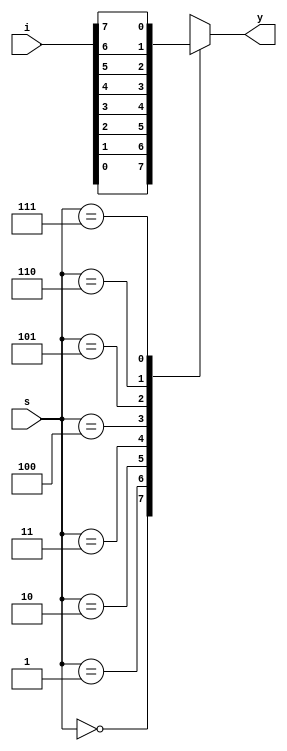
`timescale 1ns / 1ps
//////////////////////////////////////////////////////////////////////////////////
// Company: 
// Engineer: 
// 
// Design Name: 
// Module Name:    mux8x1_bh 
// Project Name: 
// Target Devices: 
// Tool versions: 
// Description: 
//
// Dependencies: 
//
// Revision: 
// Revision 0.01 - File Created
// Additional Comments: 
//
//////////////////////////////////////////////////////////////////////////////////
module mux8x1_bh(i,s,y);
input [7:0]i;
input [2:0]s;
output reg y;
always @(*)
begin
case(s)
3'b000: y <= i[0];
3'b001: y <= i[1];
3'b010: y <= i[2];
3'b011: y <= i[3];
3'b100: y <= i[4];
3'b101: y <= i[5];
3'b110: y <= i[6];
3'b111: y <= i[7];
endcase
end




endmodule